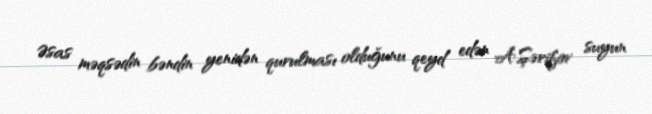
Əsas məqsədin bəndin yenidən qurulması olduğunu qeyd edən A.Şərifov suyun